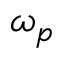
\omega _ { p }